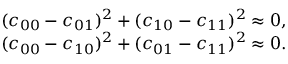
\begin{array} { r } { ( c _ { 0 0 } - c _ { 0 1 } ) ^ { 2 } + ( c _ { 1 0 } - c _ { 1 1 } ) ^ { 2 } \approx 0 , } \\ { ( c _ { 0 0 } - c _ { 1 0 } ) ^ { 2 } + ( c _ { 0 1 } - c _ { 1 1 } ) ^ { 2 } \approx 0 . } \end{array}